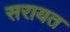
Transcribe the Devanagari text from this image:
सरायत